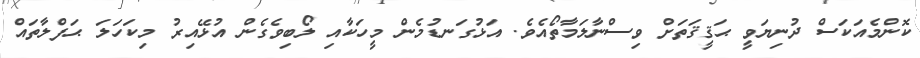
ކޮންމެއަކަސް ދުނިޔަވީ ޙަޤީޤަތަށް ވިސްނާލަމާތޯއެވެ. އަޅުގަނޑުމެން މީހަކާއި ލޯބިވެގެން އުޅޭއިރު މިކަހަލަ ޙަފްލާތައް